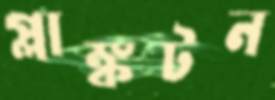
প্লাঙ্কটন